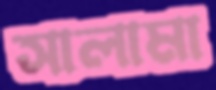
সালামা